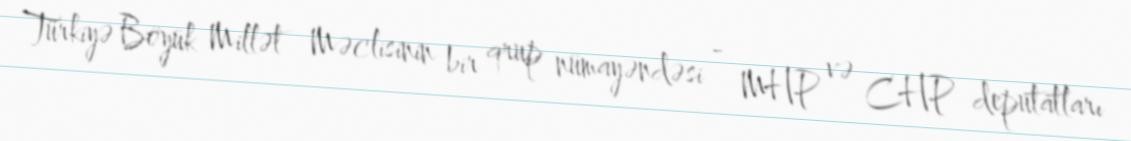
Türkiyə Böyük Millət Məclisinin bir qrup nümayəndəsi - MHP və CHP deputatları